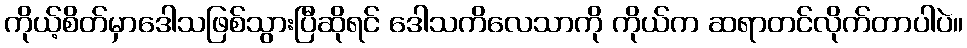
ကိုယ့်စိတ်မှာဒေါသဖြစ်သွားပြီဆိုရင် ဒေါသကိလေသာကို ကိုယ်က ဆရာတင်လိုက်တာပါပဲ။